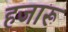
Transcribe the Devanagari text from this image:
हजारू